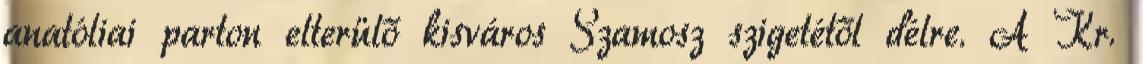
anatóliai parton elterülő kisváros Szamosz szigetétől délre. A Kr.